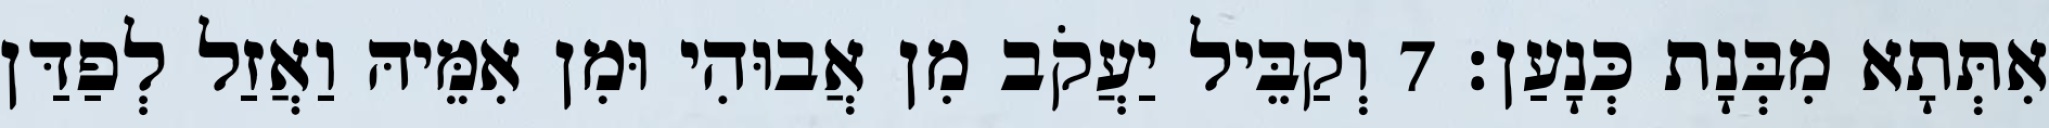
אִתְּתָא מִבְּנָת כְּנָעַן׃ 7 וְקַבֵּיל יַעֲקֹב מִן אֲבוּהִי וּמִן אִמֵּיהּ וַאֲזַל לְפַדַּן